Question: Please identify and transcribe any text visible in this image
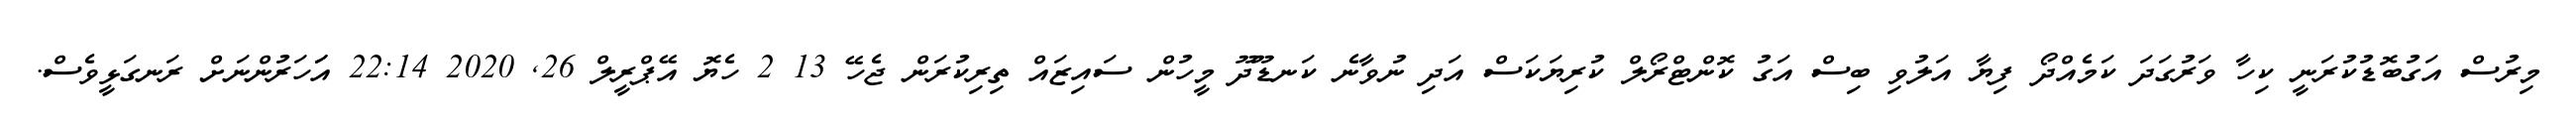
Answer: މިރުސް އަގުބޮޑުކުރަނީ ކިހާ ވަރުގަދަ ކަމެއްދޯ ފިޔާ އަލުވި ބިސް އަގު ކޮންޓްރޯލް ކުރިޔަކަސް އަދި ނުވާނެ ކަނޑޫދޫ މީހުން ސައިޒައް ތިރިކުރަން ޖެހޭ 13 2 ހެޔޮ އޭޕްރީލް 26, 2020 22:14 އަަހަރުންނަށް ރަނގަޅީވެސް.